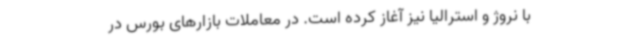
با نروژ و استرالیا نیز آغاز کرده است. در معاملات بازارهای بورس در